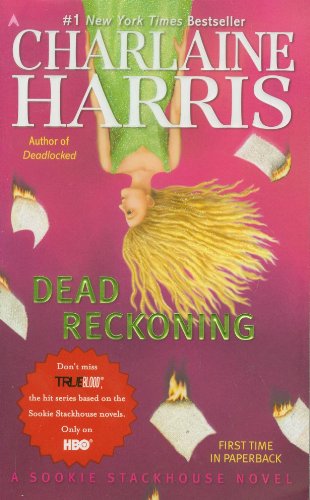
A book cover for Dead Reckoning (Sookie Stackhouse/True Blood, Book 11); Charlaine Harris; Mystery, Thriller & Suspense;